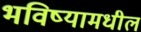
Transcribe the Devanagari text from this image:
भविष्यामधील